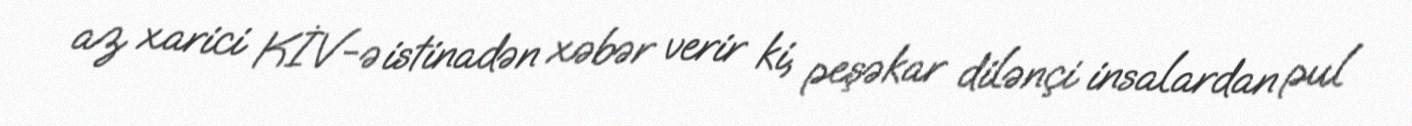
az xarici KİV-ə istinadən xəbər verir ki, peşəkar dilənçi insalardan pul